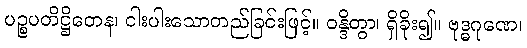
ပဉ္စပတိဋ္ဌိတေန၊ ငါးပါးသောတည်ခြင်းဖြင့်။ ဝန္ဒိတွာ၊ ရှိခိုး၍။ ဗုဒ္ဓဂုဏေ၊